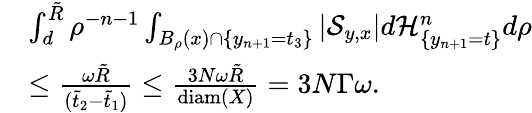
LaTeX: \begin{array}{rl}&{\int_{d}^{\tilde{R}}\rho^{-n-1}\int_{B_{\rho}(x)\cap\{ y_{n+1}=t_{3}\} }\left|\mathcal S_{y,x}\right|d\mathcal H_{\{ y_{n+1}=t\} }^{n}d\rho}\\ &{\leq\frac{\omega\tilde{R}}{(\tilde{t}_{2}-\tilde{t}_{1})}\leq\frac{3N\omega\tilde{R}}{\mathrm{diam}(X)}=3N\Gamma\omega.}\end{array}